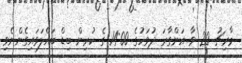
މާރިޗު 20 ވާ އަންގާރަ ދުވަހުގެ 14:00 ގެ ކުރިން ބިޑް ބައްލަވައިގެންނެވި